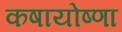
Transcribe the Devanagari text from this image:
कषायोष्णा